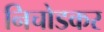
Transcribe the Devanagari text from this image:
निचोडकर